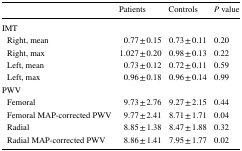
<table><thead><tr><td></td><td><b>Patients</b></td><td><b>Controls</b></td><td><b><i>P</i> value</b></td></tr></thead><tbody><tr><td>IMT</td><td></td><td></td><td></td></tr><tr><td> Right, mean</td><td>0.77 ± 0.15</td><td>0.73 ± 0.11</td><td>0.20</td></tr><tr><td> Right, max</td><td>1.027 ± 0.20</td><td>0.98 ± 0.13</td><td>0.22</td></tr><tr><td> Left, mean</td><td>0.73 ± 0.12</td><td>0.72 ± 0.11</td><td>0.59</td></tr><tr><td> Left, max</td><td>0.96 ± 0.18</td><td>0.96 ± 0.14</td><td>0.99</td></tr><tr><td>PWV</td><td></td><td></td><td></td></tr><tr><td> Femoral</td><td>9.73 ± 2.76</td><td>9.27 ± 2.15</td><td>0.44</td></tr><tr><td> Femoral MAP-corrected PWV</td><td>9.77 ± 2.41</td><td>8.71 ± 1.71</td><td>0.04</td></tr><tr><td> Radial</td><td>8.85 ± 1.38</td><td>8.47 ± 1.88</td><td>0.32</td></tr><tr><td> Radial MAP-corrected PWV</td><td>8.86 ± 1.41</td><td>7.95 ± 1.77</td><td>0.02</td></tr></tbody></table>